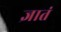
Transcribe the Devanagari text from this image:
ज्ञातं